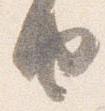
由